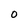
Character: O